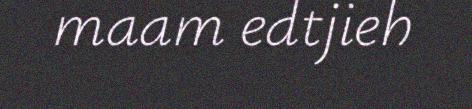
maam edtjieh